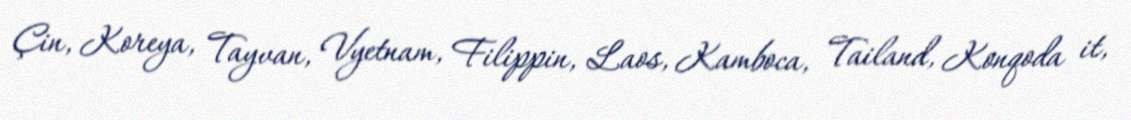
Çin, Koreya, Tayvan, Vyetnam, Filippin, Laos, Kamboca, Tailand, Konqoda it,